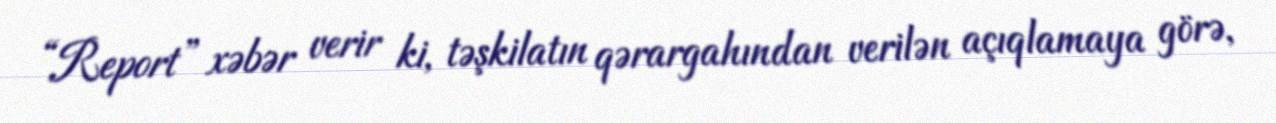
“Report” xəbər verir ki, təşkilatın qərargahından verilən açıqlamaya görə,